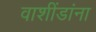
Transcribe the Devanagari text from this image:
वाशींडांना